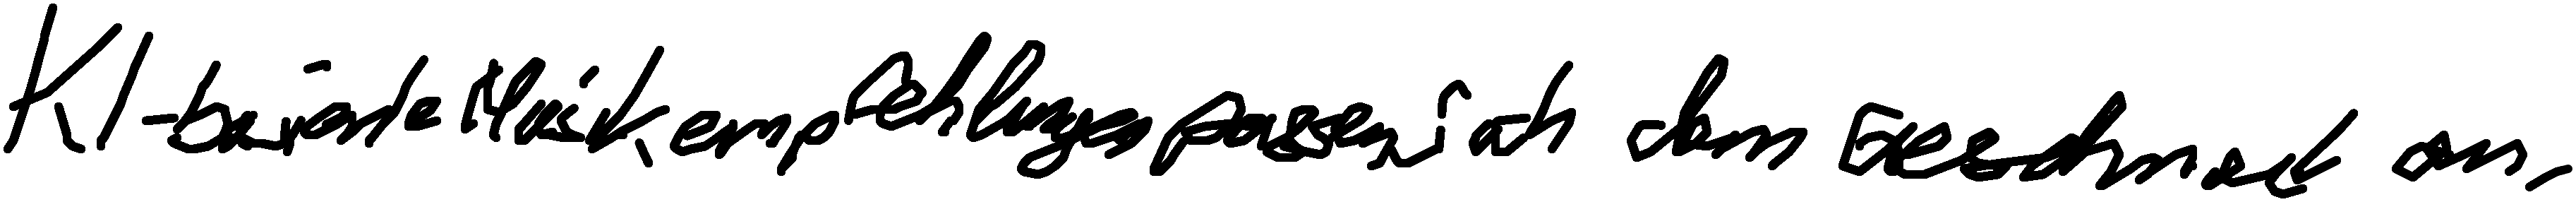
KI-basierte Musikempfehlungen passen sich dem Geschmack an.